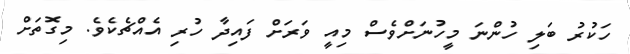
ހަކުރު ބަލި ހުންނަ މީހުނަށްވެސް މިއީ ވަރަށް ފައިދާ ހުރިި އެއްޗެކެވެ. މިގޮތަށް